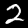
Label: 2